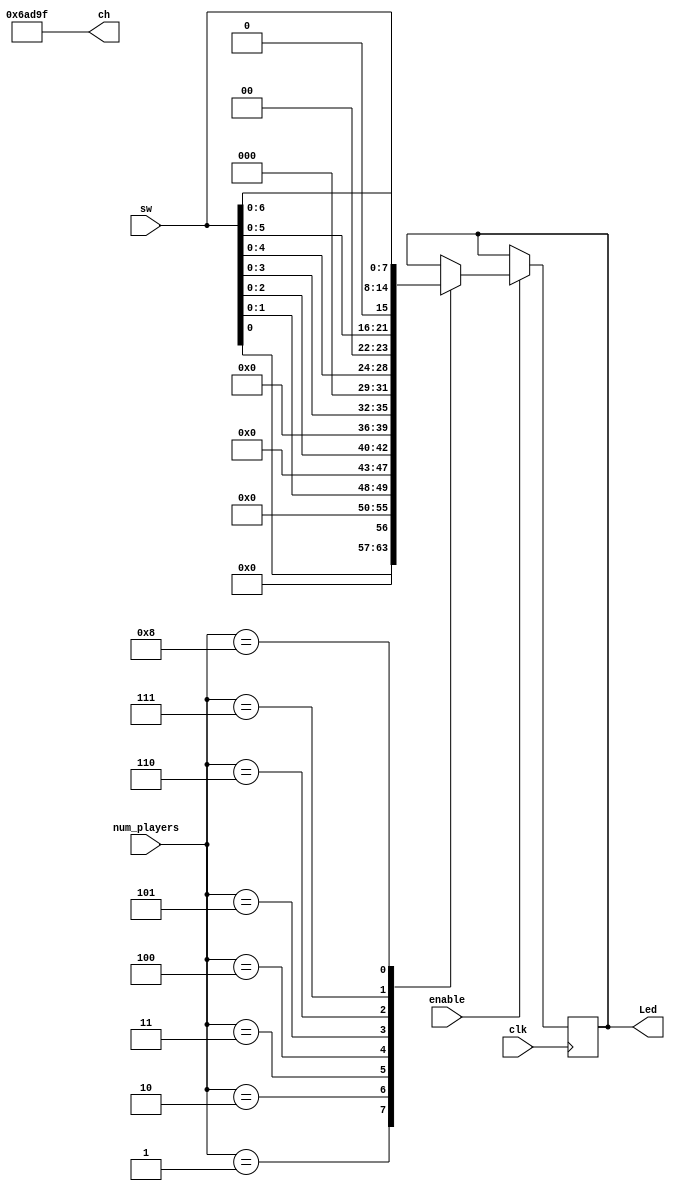
module choose(
    input clk,
    input enable,
    input [7:0] sw,
    input [3:0] num_players,
    output [19:0] ch,
    output [7:0] Led
    );
    
	reg [19:0] ch;
    reg [7:0] Led;
    
	initial begin
		ch[19:15] = 5'd13; // b
		ch[14:10] = 5'd11; // e
		ch[9:5] = 5'd12; // t
        ch[4:0] = 5'd31;
	end

    always @ (posedge clk) begin
        if (enable) begin
            case (num_players)
                4'd1: Led <= {7'b0,sw[0]};
                4'd2: Led <= {6'b0,sw[1:0]};
                4'd3: Led <= {5'b0,sw[2:0]};
                4'd4: Led <= {4'b0,sw[3:0]};
                4'd5: Led <= {3'b0,sw[4:0]};
                4'd6: Led <= {2'b0,sw[5:0]};
                4'd7: Led <= {1'b0,sw[6:0]};
                4'd8: Led <= sw[7:0];
            endcase
        end
    end

    
endmodule